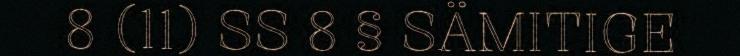
8 (11) SS 8 § SÄMITIGE